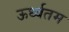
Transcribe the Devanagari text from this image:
ऊर्ध्वतम